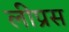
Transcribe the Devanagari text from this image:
लीप्रस